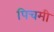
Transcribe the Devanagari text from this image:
पिचमी